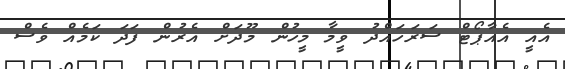
އެއީ އެއާޕޯޓް ސަރަހައްދު ވީމާ މީހުން މޫދަށް އެރުން ފަދަ ކަމެއް ވެސް